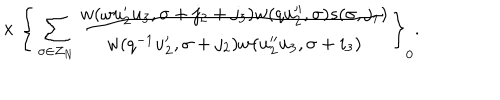
{ } ~ ~ \times \Bigg \{ \sum _ { \sigma \in Z _ { N } } \frac { w ( \omega u _ { 2 } ^ { \prime } u _ { 3 } , \sigma + j _ { 2 } + j _ { 3 } ) w ( q u _ { 2 } ^ { \prime \prime } , \sigma ) s ( \sigma , j _ { 1 } ) } { w ( q ^ { - 1 } u _ { 2 } ^ { \prime } , \sigma + j _ { 2 } ) w ( u _ { 2 } ^ { \prime \prime } u _ { 3 } , \sigma + i _ { 3 } ) } \Bigg \} _ { 0 } .